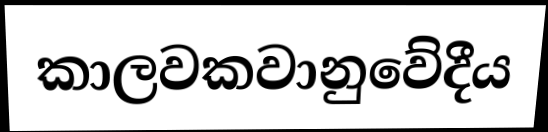
කාලවකවානුවේදීය